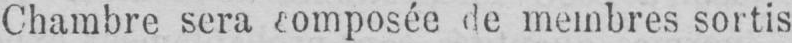
Chambre sera composée de membres sortis